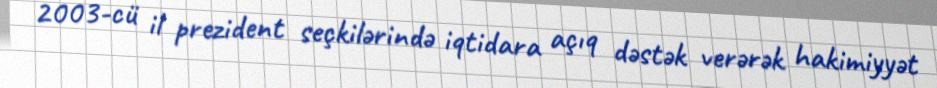
2003-cü il prezident seçkilərində iqtidara açıq dəstək verərək hakimiyyət